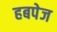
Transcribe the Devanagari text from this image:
हबपेज